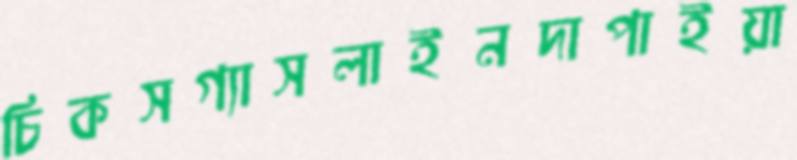
চিকসগ্যাসলাইনদাপাইয়া